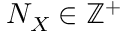
N _ { X } \in \mathbb { Z } ^ { + }